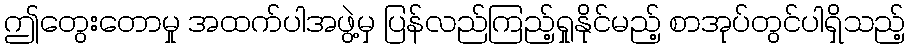
ဤတွေးတောမှု အထက်ပါအဖွဲ့မှ ပြန်လည်ကြည့်ရှုနိုင်မည့် စာအုပ်တွင်ပါရှိသည့်